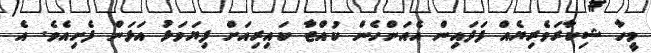
މީހާ ޝިކާރަވެރިޔެއް ފަދައިން އެއަންހެން ކުއްޖާ ކައިރިއަށް ފިޔަވަޅު އަޅަން ފެށިއެވެ. އެ